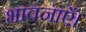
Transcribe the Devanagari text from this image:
भावनाएँ।